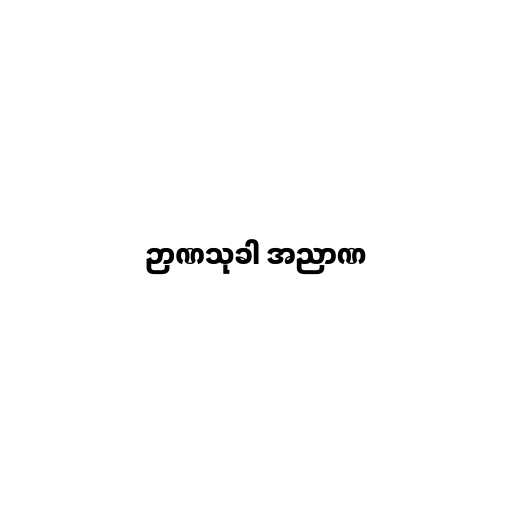
ဉာဏသုခါ အညာဏ